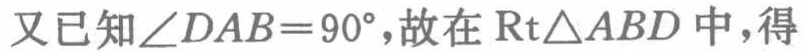
又已知\(\angle DAB = 90^{\circ}\)，故在\(\mathrm{Rt}\triangle ABD\)中，得